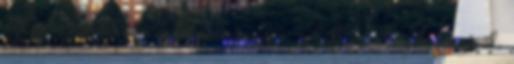
ezt nem gondoltam volna megjegyzés, a ballib huhogók részéről.